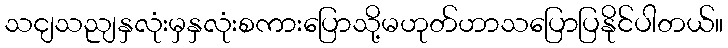
သငျသညျနှလုံးမှနှလုံးစကားပြောသို့မဟုတ်ဟာသပြောပြနိုင်ပါတယ်။